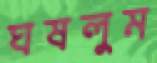
ঘষলুম